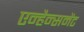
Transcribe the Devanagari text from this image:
एन्हैन्समेंट